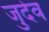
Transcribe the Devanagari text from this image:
जुदेव